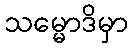
သမ္မောဒိမှာ